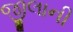
જીલાની